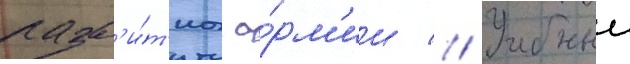
разв'и́т'иа а́рм'ии // Учебныи